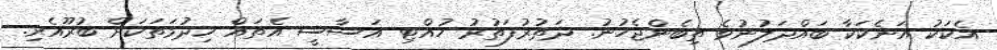
އެކަކު އަނެކަކާ ބައްދަލުނުވެ ތިބެންޖެހުނު. ދަތުރުފަތުރު ހުއްޓި އަސާސީ އެތައް ޚިދުމަތަކަށް ބުރޫއެރި.